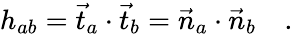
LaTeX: h_{ab}=\vec{t}_{a}\cdot\vec{t}_{b}=\vec{n}_{a}\cdot\vec{n}_{b}\quad.